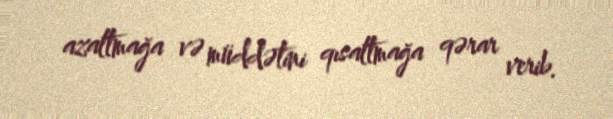
azaltmağa və müddətini qısaltmağa qərar verib.